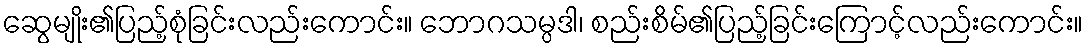
ဆွေမျိုး၏ပြည့်စုံခြင်းလည်းကောင်း။ ဘောဂသမ္ပဒါ၊ စည်းစိမ်၏ပြည့်ခြင်းကြောင့်လည်းကောင်း။